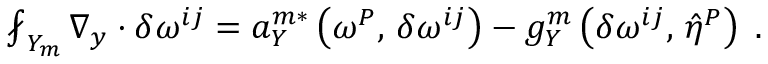
\begin{array} { r } { \fint _ { Y _ { m } } \nabla _ { y } \cdot \delta \boldsymbol { \omega } ^ { i j } = a _ { Y } ^ { m * } \left( { \boldsymbol { \omega } ^ { P } } , \, { \delta \boldsymbol { \omega } ^ { i j } } \right) - g _ { Y } ^ { m } \left( { \delta \boldsymbol { \omega } ^ { i j } } , \, { \hat { \eta } ^ { P } } \right) \; . } \end{array}